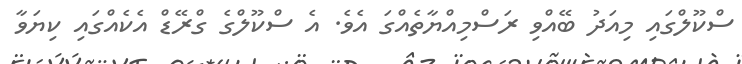
ސްކޫލްގައި މިއަދު ބޭއްވި ރަސްމިއްޔާތެއްގަ އެވެ. އެ ސްކޫލްގެ ގްރޭޑް އެކެއްގައި ކިޔަވާ